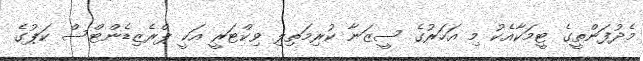
މެދުފަންތީގެ ޓީމަކާއެކު މި އަހަރުގެ ސީޒަނާ ކުރިމަތިލި ވިކްޓަރީ އަކީ ޕްރެޒިޑެންޓްސް ކަޕުގެ